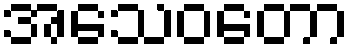
အသေဝတော